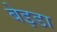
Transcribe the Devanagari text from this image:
बेइडा